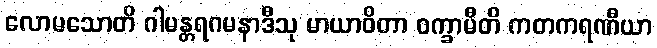
လောမသောတိ ဂါမန္တရဂမနာဒီသု မာယာဝိတာ ဝက္ခာမီတိ ကတကရဏီယာ